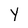
Character: Y